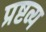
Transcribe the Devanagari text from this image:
प्रष्टव्य